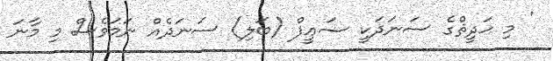
' މި ޙަދީޘްގެ ސަނަދަކީ ޟަޢީފް (ބަލި) ސަނަދެއް ނަމަވެސް މި މާނަ